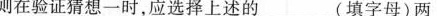
则在验证猜想一时，应选择上述___的(填字母)两